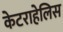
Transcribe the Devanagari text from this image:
केटराहेलिस